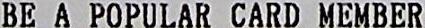
BE A POPULAR CARD MEMBER